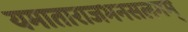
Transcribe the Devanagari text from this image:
यमाताराजभनसलगम्